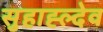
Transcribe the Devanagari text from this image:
सुहाह्ल्देव